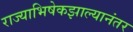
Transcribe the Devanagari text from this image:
राज्याभिषेकझाल्यानंतर